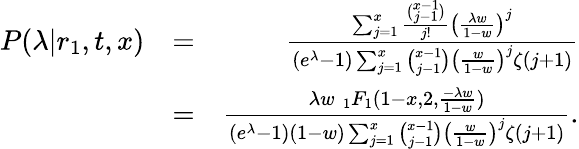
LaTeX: \begin{array}{rlr}{P(\lambda|r_{1},t,x)}&{=}&{\frac{\sum_{j=1}^{x}\frac{\binom{x-1}{j-1}}{j!}\left(\frac{\lambda w}{1-w}\right)^{j}}{(e^{\lambda}-1)\sum_{j=1}^{x}\binom{x-1}{j-1}\left(\frac{w}{1-w}\right)^{j}\zeta(j+1)}}\\ &{=}&{\frac{\lambda w\; _{1}F_{1}(1-x,2,\frac{-\lambda w}{1-w})}{(e^{\lambda}-1)(1-w)\sum_{j=1}^{x}\binom{x-1}{j-1}\left(\frac{w}{1-w}\right)^{j}\zeta(j+1)}.}\end{array}